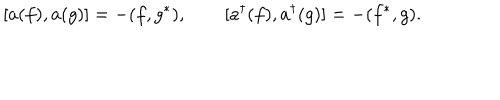
LaTeX: [ a ( f ) , a ( g ) ] = - ( f , g ^ { * } ) , \qquad [ a ^ { \dagger } ( f ) , a ^ { \dagger } ( g ) ] = - ( f ^ { * } , g ) .